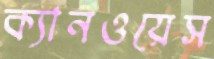
ক্যানওয়েস